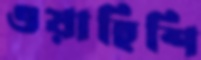
ওয়াহিশি